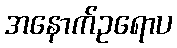
အနောက်ဥရောပ